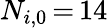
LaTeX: N_{i,0}\, {=}\, 14